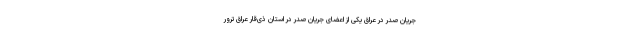
جریان صدر در عراق یکی از اعضای جریان صدر در استان ذی‌قار عراق ترور